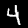
Digit: 4